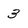
Character: 3